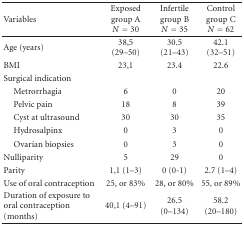
<table><thead><tr><td rowspan="2"><b> Variables</b></td><td><b>Exposed group A</b></td><td><b>Infertile group B</b></td><td><b>Control group C</b></td></tr><tr><td><b><i>N</i> = 30</b></td><td><b><i>N</i> = 35</b></td><td><b><i>N</i> = 62</b></td></tr></thead><tbody><tr><td>Age (years)</td><td>38,5 (29–50)</td><td>30.5 (21–43)</td><td> 42.1 (32–51)</td></tr><tr><td>BMI</td><td>23,1</td><td>23.4</td><td>22.6</td></tr><tr><td>Surgical indication</td><td></td><td></td><td></td></tr><tr><td> Metrorrhagia</td><td>6</td><td>0</td><td>20</td></tr><tr><td> Pelvic pain</td><td>18</td><td>8</td><td>39</td></tr><tr><td> Cyst at ultrasound</td><td>30</td><td>30</td><td>35</td></tr><tr><td> Hydrosalpinx</td><td>0</td><td>3</td><td>0</td></tr><tr><td> Ovarian biopsies</td><td>0</td><td>3</td><td>0</td></tr><tr><td>Nulliparity</td><td>5</td><td>29</td><td>0</td></tr><tr><td>Parity</td><td>1,1 (1–3)</td><td>0 (0-1)</td><td>2.7 (1–4)</td></tr><tr><td>Use of oral contraception</td><td>25, or 83%</td><td>28, or 80%</td><td>55, or 89%</td></tr><tr><td>Duration of exposure to oral contraception (months)</td><td>40,1 (4–91)</td><td>26.5 (0–134)</td><td>58.2 (20–180)</td></tr></tbody></table>